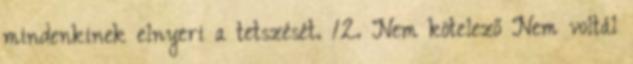
mindenkinek elnyeri a tetszését. 12. Nem kötelező Nem voltál